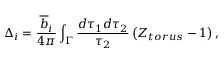
\Delta _ { i } = \frac { \overline { { { b } } } _ { i } } { 4 \pi } \int _ { \Gamma } \frac { d \tau _ { 1 } d \tau _ { 2 } } { \tau _ { 2 } } \left( Z _ { t o r u s } - 1 \right) ,